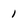
Character: 1